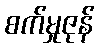
စက်မှုဇုန်